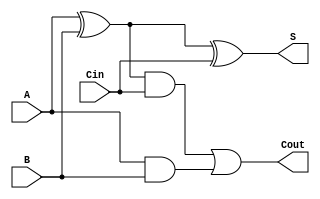
`timescale 1ns / 1ps
//////////////////////////////////////////////////////////////////////////////////
// Company: 
// Engineer: 
// 
// Design Name: 
// Module Name: basicFa
// Project Name: 
// Target Devices: 
// Tool Versions: 
// Description: 
// 
// Dependencies: 
// 
// Revision:
// Revision 0.01 - File Created
// Additional Comments:
// 
//////////////////////////////////////////////////////////////////////////////////


module basicFa(
    input A,
    input B,
    input Cin,
    output S,
    output Cout
    );
    wire a,b,c;
    xor x1(a,A,B);
    xor x2(S,a,Cin);
    and a1(b,a,Cin);
    and a2(c,A,B);
    or o1(Cout,b,c);
endmodule